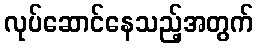
လုပ်ဆောင်နေသည့်အတွက်